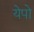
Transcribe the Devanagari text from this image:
येपो